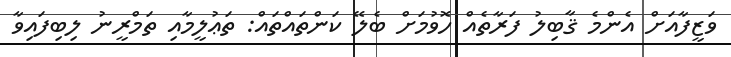
ވަޒީފާއަށް އެންމެ ޤާބިލު ފަރާތެއް ހޮވުމަށް ބެލޭ ކަންތައްތައް: ތަޢުލީމާއި ތަމްރީނު ލިބިފައިވާ